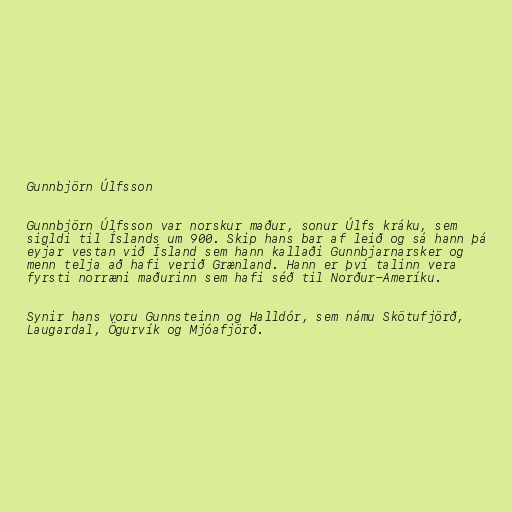
Gunnbjörn Úlfsson

Gunnbjörn Úlfsson var norskur maður, sonur Úlfs kráku, sem
sigldi til Íslands um 900. Skip hans bar af leið og sá hann þá
eyjar vestan við Ísland sem hann kallaði Gunnbjarnarsker og
menn telja að hafi verið Grænland. Hann er því talinn vera
fyrsti norræni maðurinn sem hafi séð til Norður-Ameríku.

Synir hans voru Gunnsteinn og Halldór, sem námu Skötufjörð,
Laugardal, Ögurvík og Mjóafjörð.